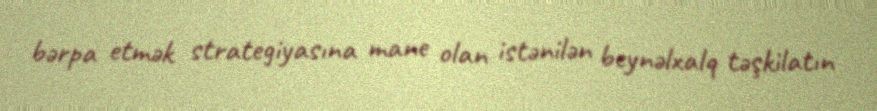
bərpa etmək strategiyasına mane olan istənilən beynəlxalq təşkilatın